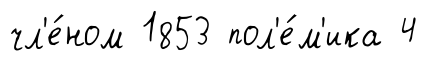
чл'е́ном 1853 пол'е́м'ика 4